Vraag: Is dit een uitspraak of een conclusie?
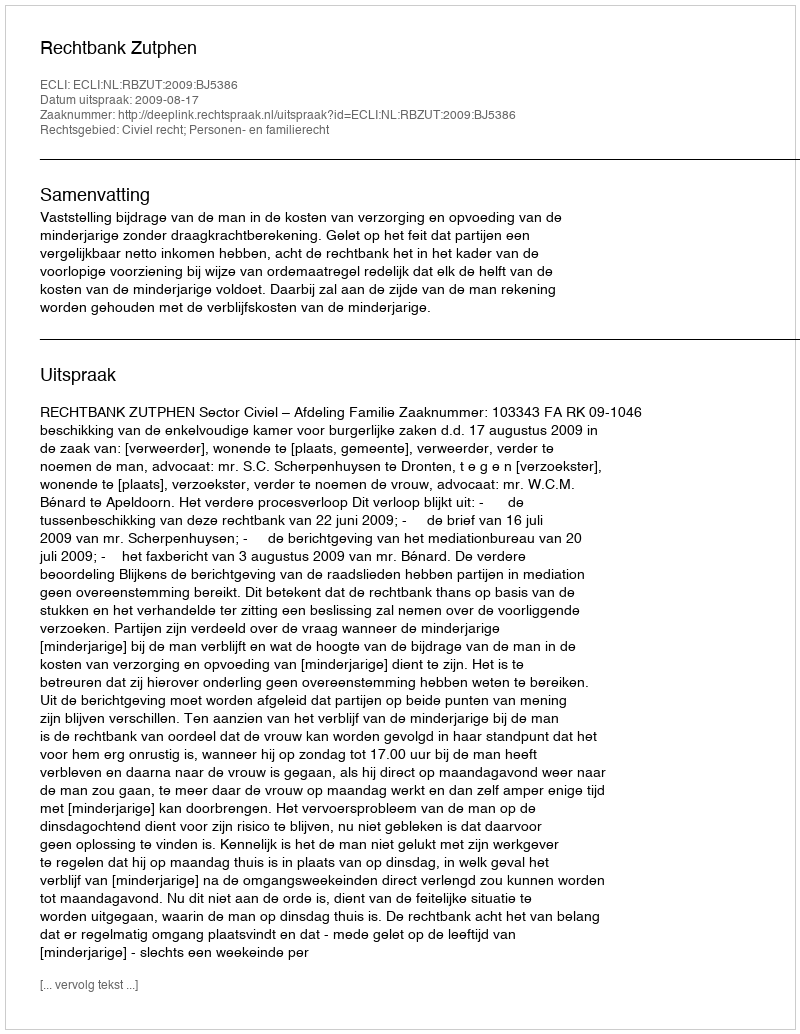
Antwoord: Uitspraak